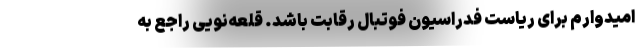
امیدوارم برای ریاست فدراسیون فوتبال رقابت باشد. قلعه‌نویی راجع به